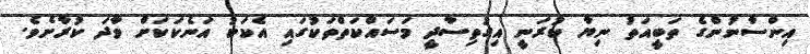
އިންސާނުންގެ ތަބީއަތު ނިޔާ ކުރަނީ އިގުތިސާދީ މަސައްކަތްތަކުގައި އެކަކު އަނެކަކަށް ވާދަ ކުރާށެވެ.